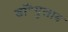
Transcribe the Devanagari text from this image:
डॉ॰गुलाब